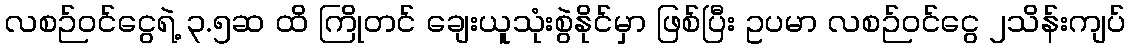
လစဉ်ဝင်ငွေရဲ့ ၃.၅ဆ ထိ ကြိုတင် ချေးယူသုံးစွဲနိုင်မှာ ဖြစ်ပြီး ဥပမာ လစဉ်ဝင်ငွေ ၂သိန်းကျပ်